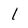
Character: l